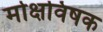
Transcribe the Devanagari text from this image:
मोक्षविषक